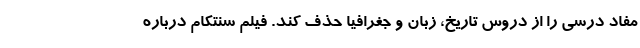
مفاد درسی را از دروس تاریخ، زبان و جغرافیا حذف کند. فیلم سنتکام درباره